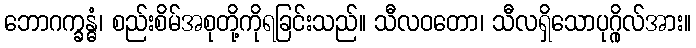
ဘောဂက္ခန္ဓံ၊ စည်းစိမ်အစုတို့ကိုရခြင်းသည်။ သီလဝတော၊ သီလရှိသောပုဂ္ဂိုလ်အား။